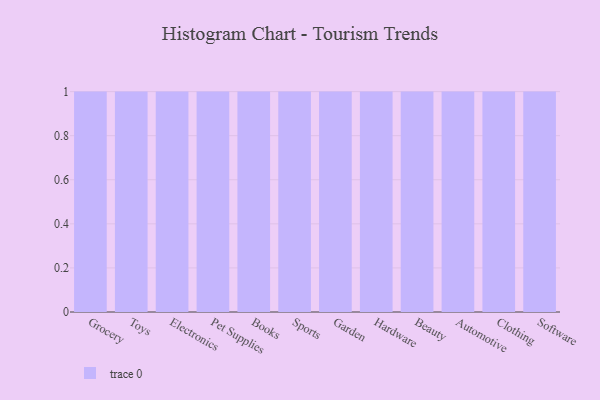
{"axis": {"x": "Category", "y": "Revenue (USD Million)"}, "legend": [""], "data": [{"x": "Grocery", "y": 52, "type": ""}, {"x": "Toys", "y": 22, "type": ""}, {"x": "Electronics", "y": 70, "type": ""}, {"x": "Pet Supplies", "y": 87, "type": ""}, {"x": "Books", "y": 23, "type": ""}, {"x": "Sports", "y": 62, "type": ""}, {"x": "Garden", "y": 97, "type": ""}, {"x": "Hardware", "y": 46, "type": ""}, {"x": "Beauty", "y": 44, "type": ""}, {"x": "Automotive", "y": 76, "type": ""}, {"x": "Clothing", "y": 11, "type": ""}, {"x": "Software", "y": 34, "type": ""}]}